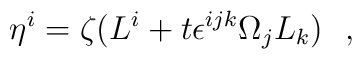
\eta^i = \zeta (L^i +  t  \epsilon^{ijk} \Omega_j L_k)\ \ ,